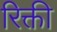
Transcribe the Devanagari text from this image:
रिक्ती